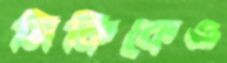
মিকিকেও